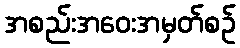
အစည်းအဝေးအမှတ်စဉ်